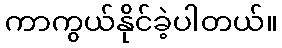
ကာကွယ်နိုင်ခဲ့ပါတယ်။